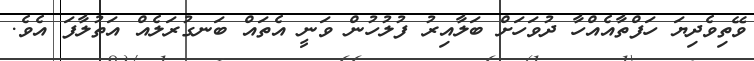
ވޭތިވެދިޔަ ހަފްތާއެއްހާ ދުވަހަށް ބަލާއިރު ފުލުހުން ވަނީ އެތައް ބަނގުރަލެއް އަތުލާފަ އެވެ.